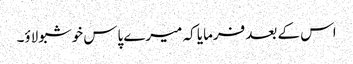
اس کے بعد فرمایا کہ میرے پاس خوشبو لاؤ۔